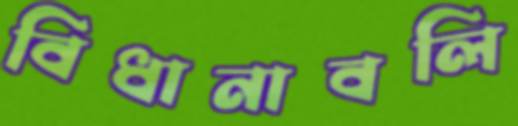
বিধানাবলি